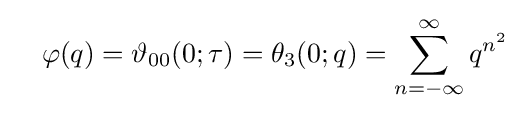
\quad \varphi (q)=\vartheta _{00}(0;\tau )=\theta _{3}(0;q)=\sum _{n=-\infty }^{\infty }q^{n^{2}}